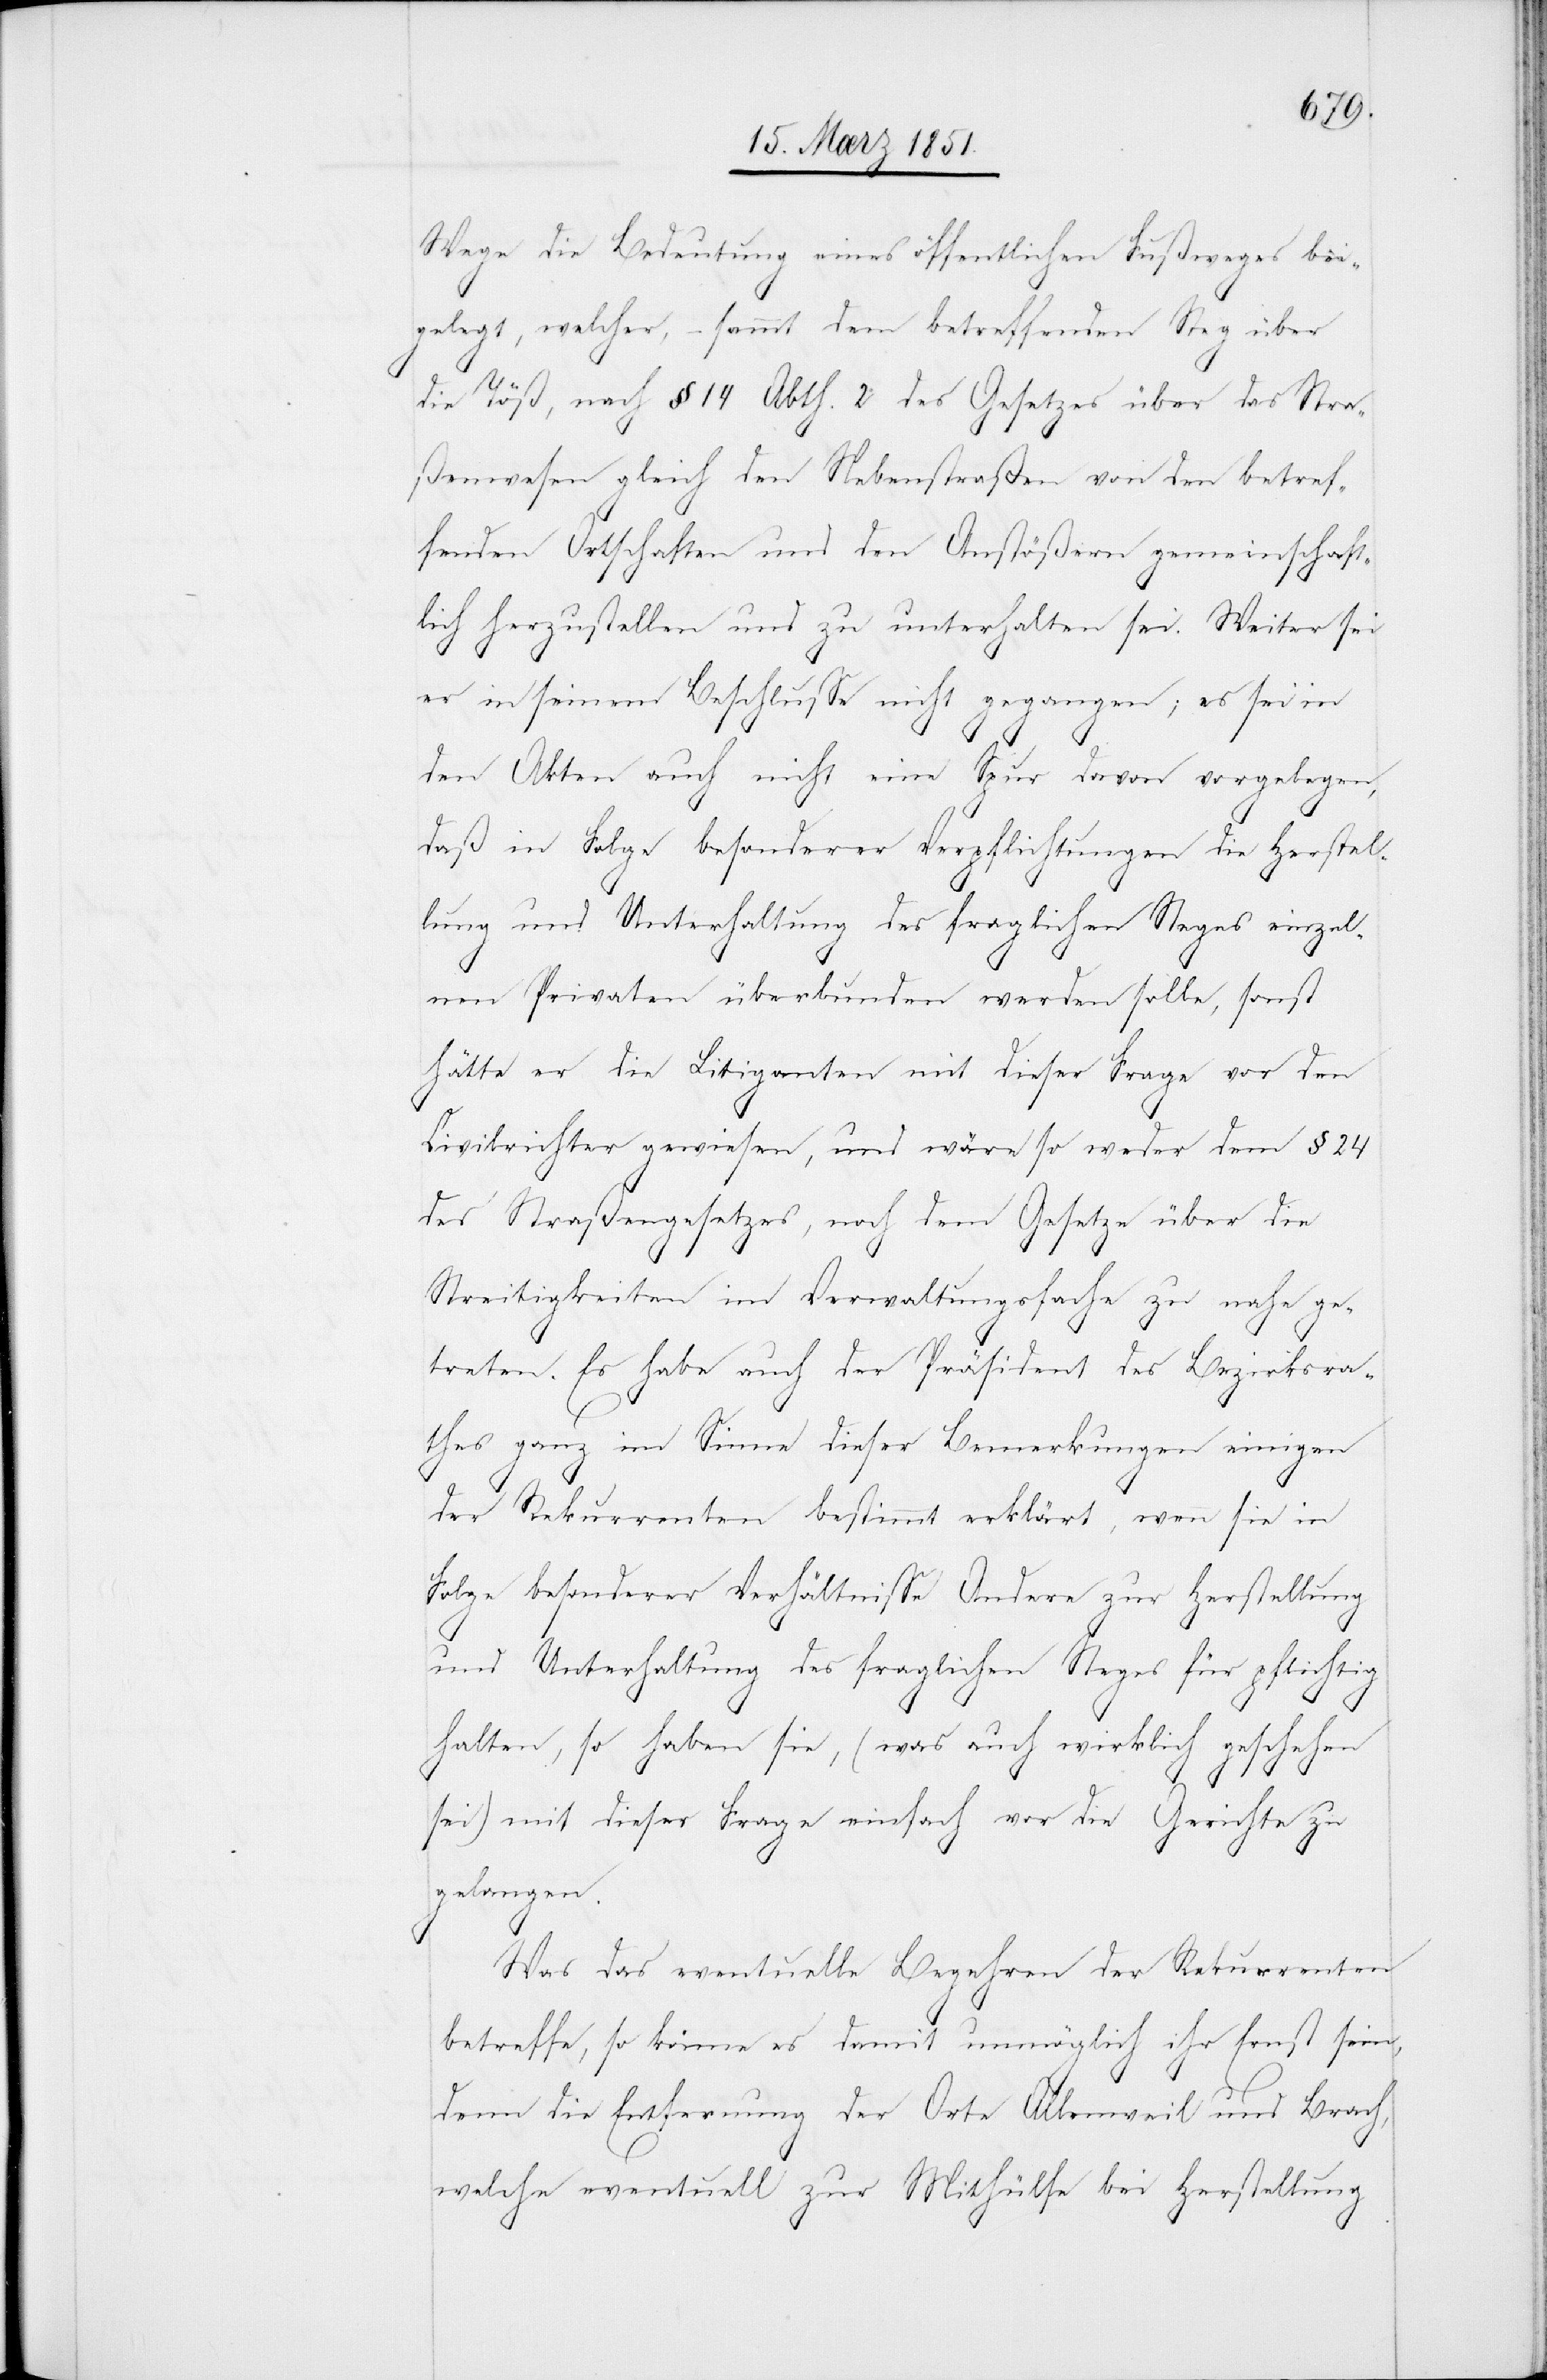
Wege die Bedeutung eines öffentlichen Fußweges bei¬
gelegt, welcher, – sammt dem betreffenden Steg über
die Töß, nach § 14 Abth. 2 des Gesetzes über das Stra¬
ßenwesen gleich den Nebenstraßen von den betref¬
fenden Ortschaften und den Anstößern gemeinschaft¬
lich herzustellen und zu unterhalten sei. Weiter sei
er in seinem Beschlusse nicht gegangen; es sei in
den Akten auch nicht eine Spur davon vorgelegen,
daß in Folge besonderer Verpflichtungen die Herstel¬
lung und Unterhalteung des fraglichen Steges einzel¬
nen Privaten überbunden werden solle, sonst
hätte er die Litiganten mit dieser Frage vor den
Civilrichter gewiesen, und wäre so weder dem § 24
des Straßengesetzes, noch dem Gesetze über die
Streitigkeiten im Verwaltungsfache zu nahe ge¬
treten. Es habe auch der Präsident des Bezirksra¬
thes ganz im Sinne dieser Bemerkungen einigen
der Rekurrenten bestimmt erklärt, wenn sie in
Folge besonderer Verhältnisse Andere zur Herstellung
und Unterhaltung des fraglichen Steges für pflichtig
halten, so haben sie, (was auch wirklich geschehen
sei) mit dieser Frage einfach vor die Gerichte zu
gelangen.
Was das eventuelle Begehren der Rekurrenten
betreffe, so könne es damit unmöglich ihr Ernst sein,
denn die Entfernung der Orte Allenweil und Brach,
welche eventuell zur Mithülfe bei Herstellung